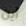
أين